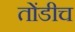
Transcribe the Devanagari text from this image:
तोंडीच